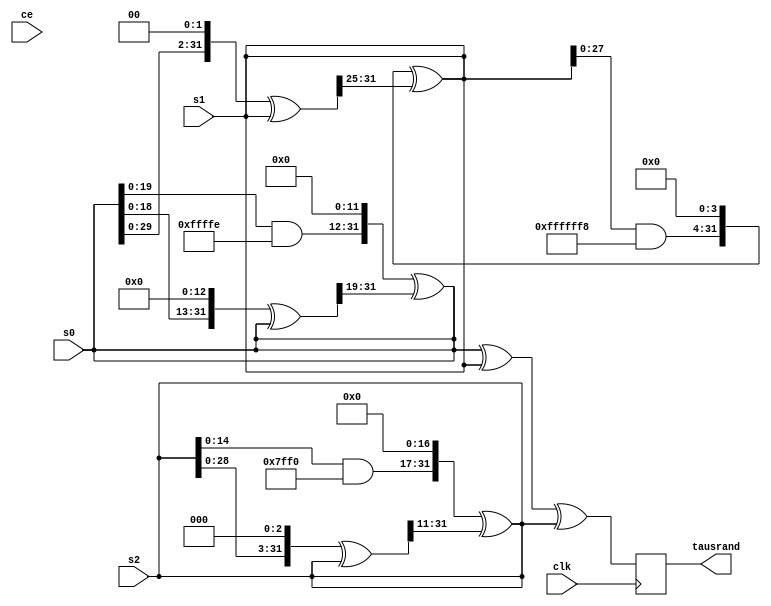
//////////////////////////////////////////////////////////
//														//
//			Written By: Kevin Childs					//
//			Class:		ELEN 249						//
//			Professor:	K. Gunnam & T. Ogunfunmi		//
//			Quarter:	Winter 2016						//
//			Module:		Tausworthe_URNG					//
//			Notes:		Creates a more random number.	//
//														//
//////////////////////////////////////////////////////////


module taus(clk, ce, s0, s1, s2, tausrand);
input clk, ce;
input [31:0] s0, s1, s2;
output reg [31:0] tausrand;

wire [31:0] b0,b1,b2;
//always @(posedge clk)
//begin
assign b0 = (((s0 << 13) ^ s0) >> 19);
assign s0 = (((s0 & 32'hFFFFFFFE) << 12) ^ b0);
assign b1 = (((s0 << 2) ^ s1) >> 25);
assign s1 = (((s1 & 32'hFFFFFFF8) << 4) ^ b1);
assign b2 = (((s2 << 3) ^ s2) >> 11);
assign s2 = (((s2 & 32'hFFFFFFF0) << 17) ^ b2);


always @(posedge clk)
begin
tausrand<=s0 ^ s1 ^ s2;
end

endmodule